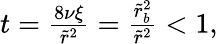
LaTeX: \begin{array}{r}{t=\frac{8\nu\xi}{\tilde{r}^{2}}=\frac{\tilde{r}_{b}^{2}}{\tilde{r}^{2}}<1,}\end{array}